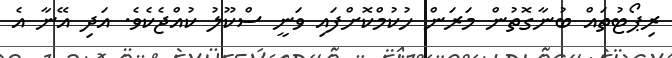
ރިޕޯޓުތައް ބުނާގޮތުން މަރަން ހުކުމްކޮށްފައި ވަނީ ސްކޫލު ކުއްޖެކެވެ. އަދި އޭނާ އެ